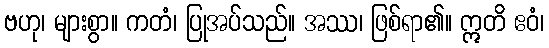
ဗဟု၊ များစွာ။ ကတံ၊ ပြုအပ်သည်။ အဿ၊ ဖြစ်ရာ၏။ ဣတိ ဧဝံ၊